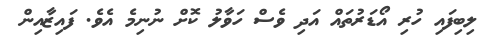
ލިބިފައި ހުރި އޯޑަރުތައް އަދި ވެސް ހަވާލު ކޮށް ނުނިމެ އެވެ. ފައިޒާއިން